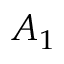
A _ { 1 }